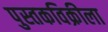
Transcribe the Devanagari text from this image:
पुस्तकविक्रीला